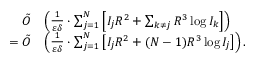
\begin{array} { r l } { \tilde { O } } & { \left( \frac { 1 } { \varepsilon \delta } \cdot \sum _ { j = 1 } ^ { N } \left[ I _ { j } R ^ { 2 } + \sum _ { k \neq j } R ^ { 3 } \log I _ { k } \right] \right) } \\ { = \tilde { O } } & { \left( \frac { 1 } { \varepsilon \delta } \cdot \sum _ { j = 1 } ^ { N } \left[ I _ { j } R ^ { 2 } + ( N - 1 ) R ^ { 3 } \log I _ { j } \right] \right) . } \end{array}